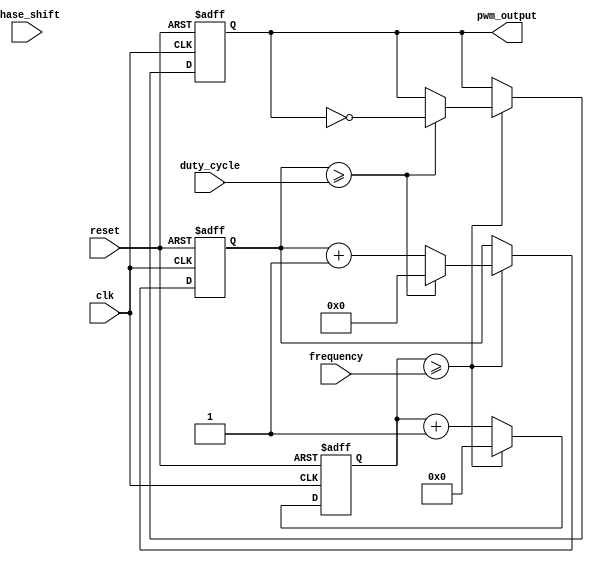
module pwm_generator (
        input wire clk,
        input wire reset,
        input wire [7:0] duty_cycle,
        input wire [15:0] frequency,
        input wire [7:0] phase_shift,
        output reg pwm_output
    );
    
    reg [15:0] counter = 16'h0000;
    reg [7:0] duty_counter = 8'h00;
    
    always @ (posedge clk or posedge reset) begin
        if (reset) begin
            counter <= 16'h0000;
            duty_counter <= 8'h00;
            pwm_output <= 1'b0;
        end else begin
            counter <= counter + 1;
            
            if (counter >= frequency) begin
                counter <= 16'h0000;
                duty_counter <= duty_counter + 1;
                
                if (duty_counter >= duty_cycle) begin
                    duty_counter <= 8'h00;
                    pwm_output <= ~pwm_output;
                end
            end
        end
    end
    
endmodule